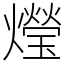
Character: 𤑚